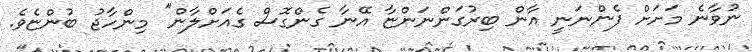
ނުވާނެ މަށަށް ފެންނަނީ އާން ބިރުގަންނަންޏާ އޭނާ ގެންގޮސް ގެއަށްލާން" މިންހާޖު ބުންޏެވެ.